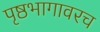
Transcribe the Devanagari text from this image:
पृष्ठभागावरच